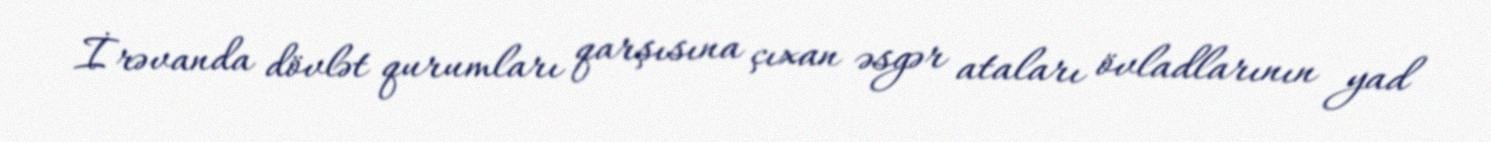
İrəvanda dövlət qurumları qarşısına çıxan əsgər ataları övladlarının yad